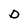
Character: D